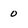
Character: o